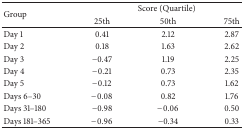
| <ROWSPAN=2> Group | <COLSPAN=3> Score (Quartile) |
 | 25th | 50th | 75th |
 | --- | --- | --- | --- |
 | Day 1 | 0.41 | 2.12 | 2.87 |
 | Day 2 | 0.18 | 1.63 | 2.62 |
 | Day 3 | −0.47 | 1.19 | 2.25 |
 | Day 4 | −0.21 | 0.73 | 2.35 |
 | Day 5 | −0.12 | 0.73 | 1.62 |
 | Days 6–30 | −0.08 | 0.82 | 1.76 |
 | Days 31–180 | −0.98 | −0.06 | 0.50 |
 | Days 181–365 | −0.96 | −0.34 | 0.33 |